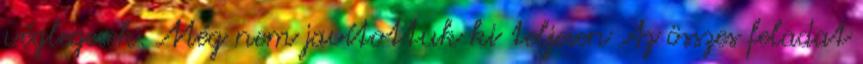
véglegesek. Még nem javítottuk ki teljesen Az összes feladat